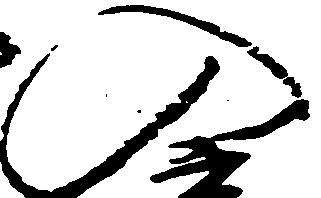
入